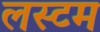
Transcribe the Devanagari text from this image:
लस्टम